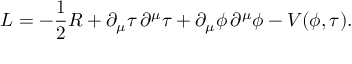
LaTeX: { \cal { L } } = - \frac { 1 } { 2 } R + \partial _ { \mu } \tau \, \partial ^ { \mu } \tau + \partial _ { \mu } \phi \, \partial ^ { \mu } \phi - V ( \phi , \tau ) .